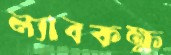
ল্যাবকক্ষ